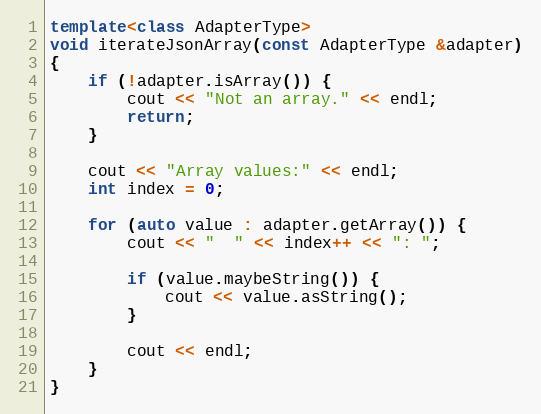
Language: C++
template<class AdapterType>
void iterateJsonArray(const AdapterType &adapter)
{
    if (!adapter.isArray()) {
        cout << "Not an array." << endl;
        return;
    }

    cout << "Array values:" << endl;
    int index = 0;

    for (auto value : adapter.getArray()) {
        cout << "  " << index++ << ": ";

        if (value.maybeString()) {
            cout << value.asString();
        }

        cout << endl;
    }
}